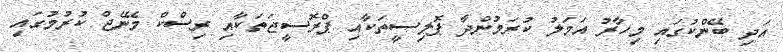
އަދި ބޭންކުގައި މިހާރު އަމަލު ކުރަމުންދާ ޕޮލިސީތަކާއި ޕްރޮސީޖަތަކާއި ރިސްކް މެނޭޖް ކުރުމުގައި